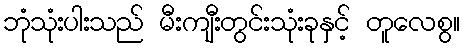
ဘုံသုံးပါးသည် မီးကျီးတွင်းသုံးခုနှင့် တူလေစွ။